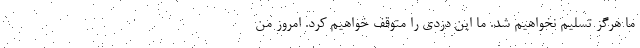
ما هرگز تسلیم نخواهیم شد. ما این دزدی را متوقف خواهیم کرد. امروز من